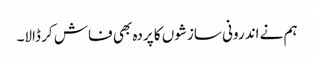
ہم نے اندرونی سازشوں کا پردہ بھی فاش کر ڈالا۔